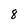
Character: 8